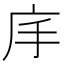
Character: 𭙕